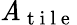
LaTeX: \mathit{A}_{\mathrm{{~t~i~l~e~}}}